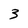
Character: 3